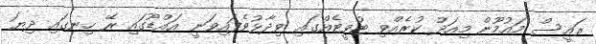
ރައީސް މައުމޫން މިއަދު ކުރެއްވި ޓުވީޓެއްގައި ވިދާޅުވެފައިވަނީ އައްޑޫގައި ރޭ ހިނގައި ދިޔަ